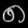
Digit: ၈